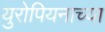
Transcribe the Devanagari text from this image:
युरोपियनाच्या